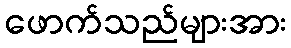
ဖောက်သည်များအား